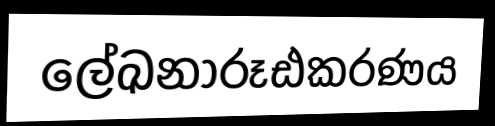
ලේඛනාරූඪකරණය